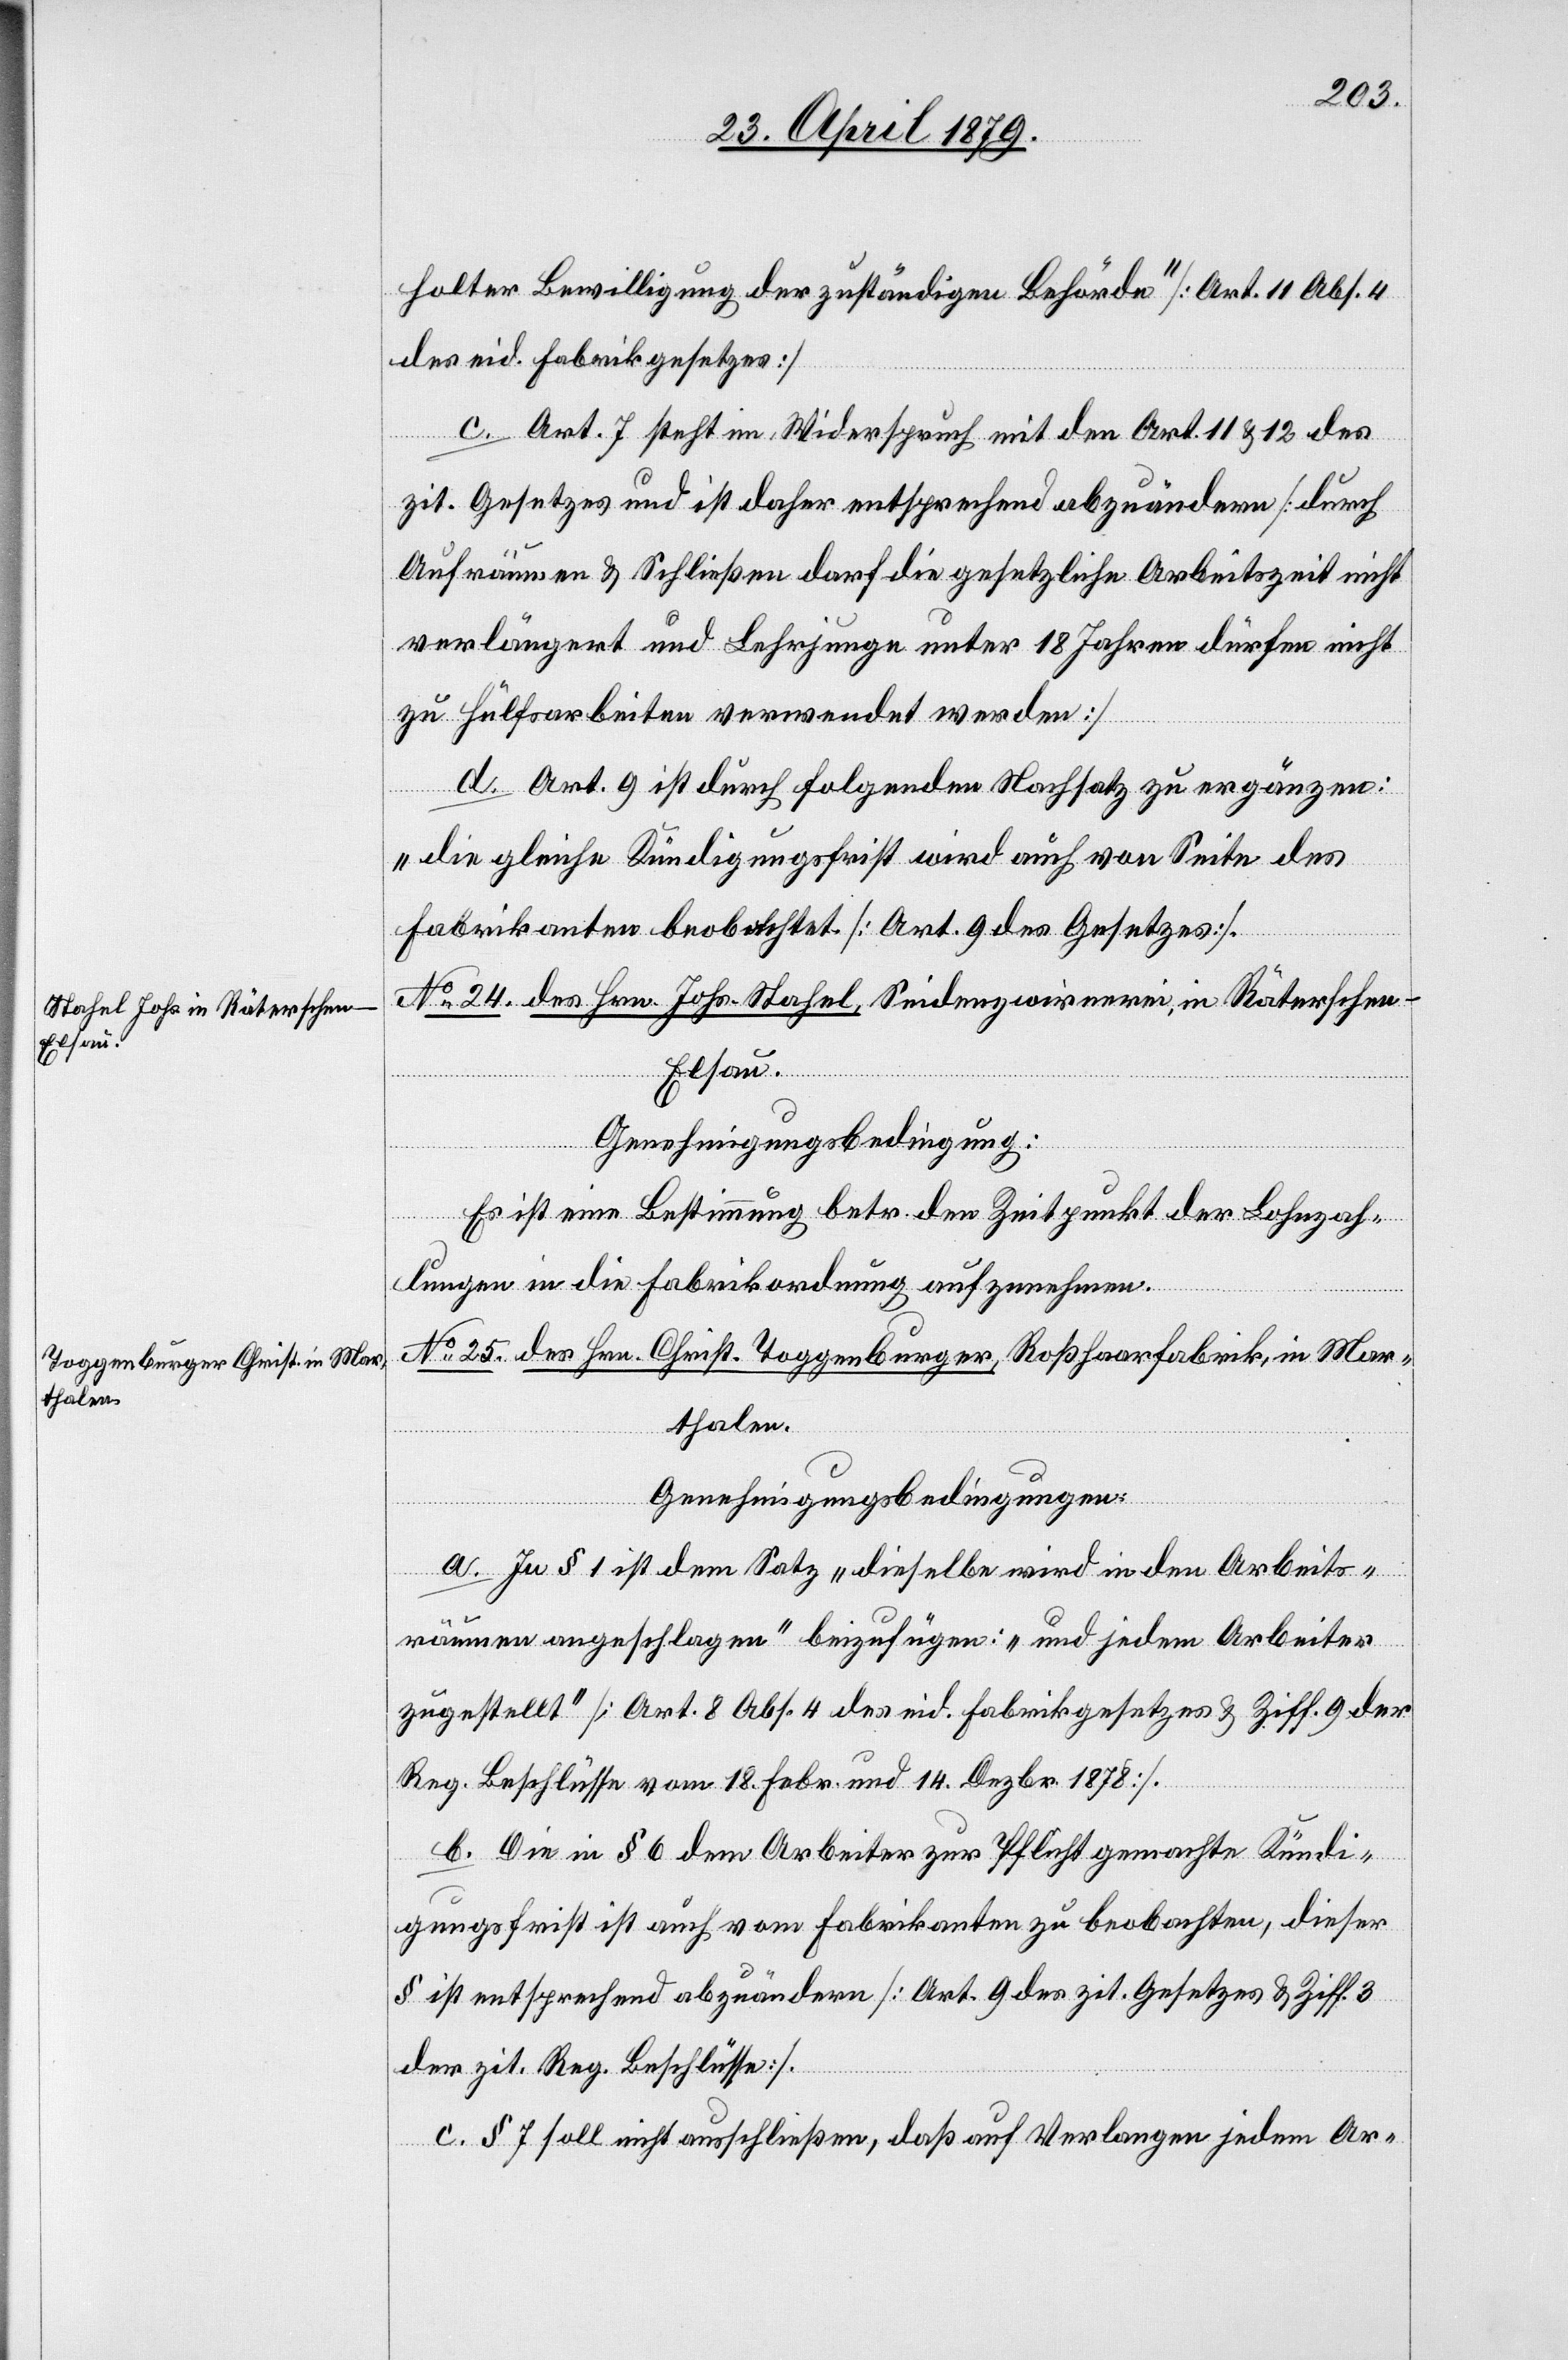
holter Bewilligung der zuständigen Behörde“ [Art. 11 Abs. 4
des eid. Fabrikgesetzes]
c. Art. 7 steht im Widerspruch mit den Art. 11 & 12 des
zit. Gesetzes und ist daher entsprechend abzuändern [durch
Aufräumen & Schließen darf die gesetzliche Arbeitszeit nicht
verlängert und Lehrjunge unter 18 Jahren dürfen nicht
zu Hülfsarbeiten verwendet werden]
d. Art. 9 ist durch folgenden Nachsatz zu ergänzen:
„Die gleiche Kündigungsfrist wird auch von Seite des
Fabrikanten beobachtet. [Art. 9 des Gesetzes].
No 24. des Hrn. Johs. Stahel, Seidenzwirnerei, in Räterschen
Elsau.
Genehmigungsbedingung:
Es ist eine Bestimmung betr. den Zeitpunkt der Lohnzah¬
lungen in die Fabrikordnung aufzunehmen.
No 25. des Hrn. Christ. Toggenburger, Roßhaarfabrik, in Mar¬
thalen.
Genehmigungsbedingungen:
a. In § 1 ist dem Satz „dieselbe wird in den Arbeits¬
räumen angeschlagen“ beizufügen: „und jedem Arbeiter
zugestellt“ [Art. 8 Abs. 4 des eid. Fabrikgesetzes & Ziff. 9 der
Reg. Beschlüsse vom 18. Febr. und 14. Dezbr. 1878].
b. Die in § 6 dem Arbeiter zur Pflicht gemachte Kündi¬
gungsfrist ist auch vom Fabrikanten zu beobachten, dieser
§ ist entsprechend abzuändern [Art. 9 des zit. Gesetzes & Ziff. 3
der zit. Reg. Beschlüsse].
c. § 7 soll nicht ausschließen, daß auf Verlangen jedem Ar-